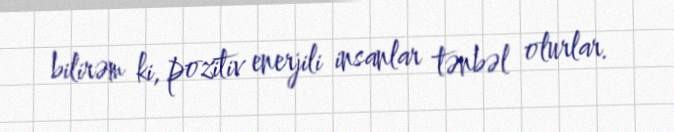
bilirəm ki, pozitiv enerjili insanlar tənbəl olurlar.